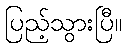
ပြည့်သွားပြီ။